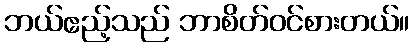
ဘယ်ဧည့်သည် ဘာစိတ်ဝင်စားတယ်။